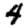
Digit: 4